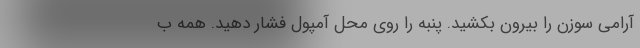
آرامی سوزن را بیرون بکشید. پنبه را روی محل آمپول فشار دهید. همه ب